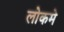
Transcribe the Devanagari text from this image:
लोकमे